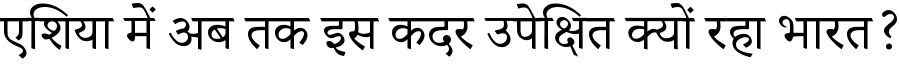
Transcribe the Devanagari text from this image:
एशिया में अब तक इस कदर उपेक्षित क्यों रहा भारत?